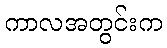
ကာလအတွင်းက